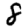
Digit: 8